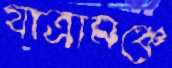
যাত্রামঞ্চে